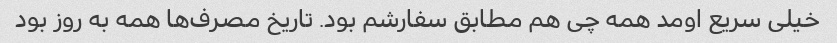
خیلی سریع اومد همه چی هم مطابق سفارشم بود. تاریخ مصرف‌ها همه به روز بود